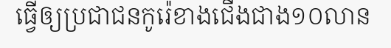
ធ្វើឲ្យប្រជាជនកូរ៉េខាងជើងជាង១០លាន